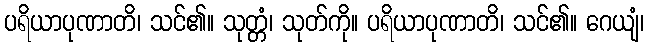
ပရိယာပုဏာတိ၊ သင်၏။ သုတ္တံ၊ သုတ်ကို။ ပရိယာပုဏာတိ၊ သင်၏။ ဂေယျံ၊